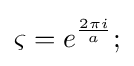
\varsigma =e^{\frac {2\pi i}{a}};